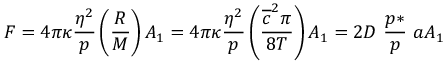
F = 4 \pi \kappa \frac { \eta ^ { 2 } } { p } \left( \frac { R } { M } \right) A _ { 1 } = 4 \pi \kappa \frac { \eta ^ { 2 } } { p } \left( \frac { \overline { { c } } ^ { 2 } \pi } { 8 T } \right) A _ { 1 } = 2 D \ \frac { p * } { p } \ a A _ { 1 }